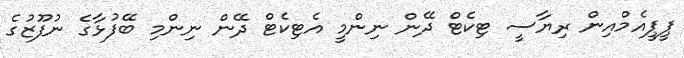
ޕީޕީއެމްއިން ރިޔާސީ ޓިކެޓް ދޭން ނިންމީ އެޓިކެޓް ދޭން ނިންމި ބޭފުޅާގެ ނުފޫޒުގެ